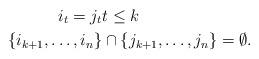
LaTeX: \begin{align*}i_t = j_t & t \leq k\\ \{ i_{k+1} , \ldots, i_n \} & \cap \{j_{k+1} , \ldots , j_n\} = \emptyset.\end{align*}